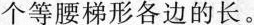
个等腰梯形各边的长。